Vaccination Hyderabad 1872-1889 - 1872-1889
Year: 1872
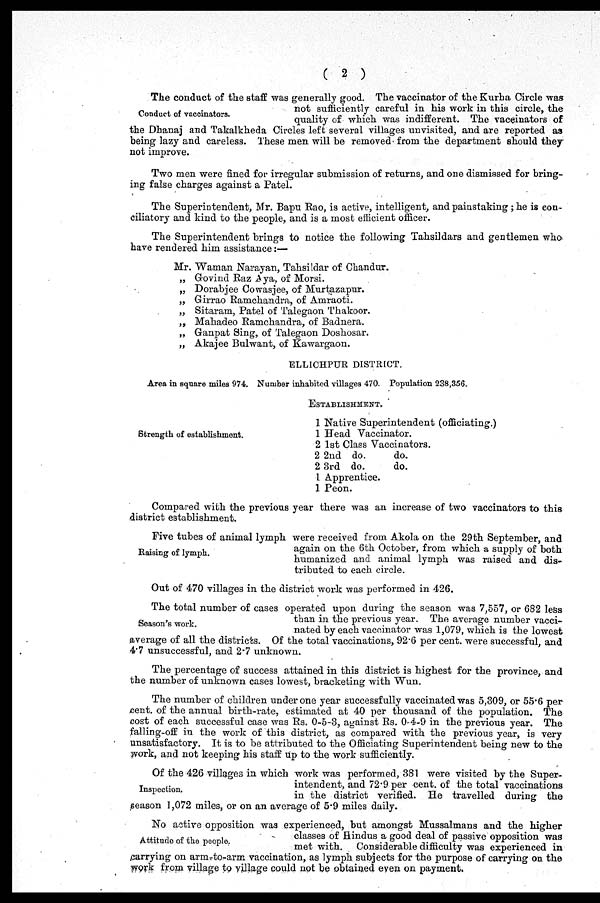
( 2 )
Conduct of vaccinators.
The conduct of the staff was generally good. The vaccinator of the Kurha Circle was
not sufficiently careful in his work in this circle, the
quality of which was indifferent. The vaccinators of
the Dhanaj and Takalkheda Circles left several villages unvisited, and are reported as
being lazy and careless. These men will be removed from the department should they
not improve.
Two men were fined for irregular submission of returns, and one dismissed for bring¬
ing false charges against a Patel.
The Superintendent, Mr. Bapu Rao, is active, intelligent, and painstaking; he is con-
ciliatory and kind to the people, and is a most efficient officer.
The Superintendent brings to notice the following Tahsildars and gentlemen who
have rendered him assistance:—
Mr. Waman Narayan, Tahsildar of Chandur.
„ Govind Raz Aya, of Morsi.
„ Dorabjee Cowasjee, of Murtazapur.
„ Girrao Ramchandra, of Amraoti.
„ Sitaram, Patel of Talegaon Thakoor.
„ Mahadeo Ramchandra, of Badnera.
„ Ganpat Sing, of Talegaon Doshosar.
„ Akajee Bulwant, of Kawargaon.
ELLICHPUR DISTRICT.
Area in square miles 974. Number inhabited villages 470. Population 238,356.
Strength of establishment.
ESTABLISHMENT.
1
1
2
2
2
1
1
Native Superintendent (officiating.)
Head Vaccinator.
1st Class Vaccinators.
2nd do.
do.
3rd do.
do.
Apprentice.
Peon.
Compared with the previous year there was an increase of two vaccinators to this
district establishment.
Raising of lymph.
Five tubes of animal lymph were received from Akola on the 29th September, and
again on the 6th October, from which a supply of both
humanized and animal lymph was raised and dis-
tributed to each circle.
Out of 470 villages in the district work was performed in 426.
Season's work.
The total number of cases operated upon during the season was 7,557, or 682 less
than in the previous year. The average number vacci-
nated by each vaccinator was 1,079, which is the lowest
average of all the districts. Of the total vaccinations, 92.6 per cent. were successful, and
4.7 unsuccessful, and 2.7 unknown.
The percentage of success attained in this district is highest for the province, and
the number of unknown cases lowest, bracketing with Wun.
The number of children under one year successfully vaccinated was 5,309, or 55.6 per
cent. of the annual birth-rate, estimated at 40 per thousand of the population. The
cost of each successful case was Rs. 0-5-3, against Rs. 0-4-9 in the previous year. The
falling-off in the work of this district, as compared with the previous year, is very
unsatisfactory. It is to be attributed to the Officiating Superintendent being new to the
work, and not keeping his staff up to the work sufficiently.
Inspection.
Of the 426 villages in which work was performed, 381 were visited by the Super-
intendent, and 72.9 per cent. of the total vaccinations
in the district verified. He travelled during the
season 1,072 miles, or on an average of 5.9 miles daily.
Attitude of the people.
No active opposition was experienced, but amongst Mussalmans and the higher
classes of Hindus a good deal of passive opposition was
met with. Considerable difficulty was experienced in
carrying on arm-to-arm vaccination, as lymph subjects for the purpose of carrying on the
work from village to village could not be obtained even on payment.